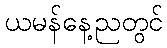
ယမန်နေ့ညတွင်